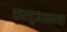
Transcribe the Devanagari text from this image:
स्नायुजालकहा